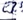
Text: E3.5